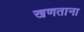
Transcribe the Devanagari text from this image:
खणताना